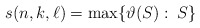
\begin{align*} s(n,k,\ell)=\max\{\vartheta(S):\: S \}\end{align*}